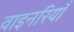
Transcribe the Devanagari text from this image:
वाइनरियाँ